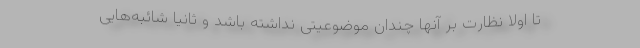
تا اولاً نظارت بر آنها چندان موضوعیتی نداشته باشد و ثانیاً شائبه‌هایی